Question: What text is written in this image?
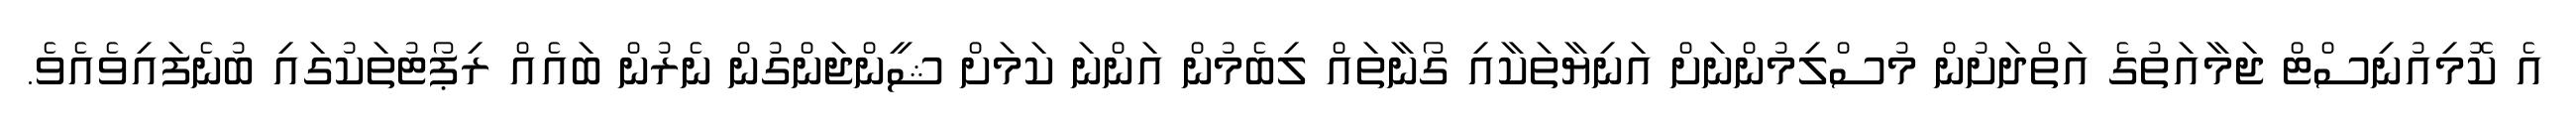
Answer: އެ ކޮމިއުނިސްޓް ޖަމާއަތުގެ އަތްދަށުން މުސްލިމުންނަށް އަނިޔާތަކާއި ގޯނާތައް ލިބެމުން އަންނަ ކަމަށް ޝީންޖަންގުން ނެރުން ބައެއް ރިޕޯޓުތަކުގައި ބުނެފައިވެއެވެ.